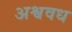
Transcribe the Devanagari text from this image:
अश्ववध